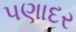
પણાદર